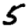
Digit: 5